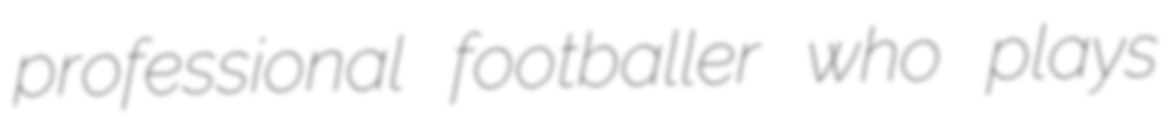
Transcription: professional footballer who plays